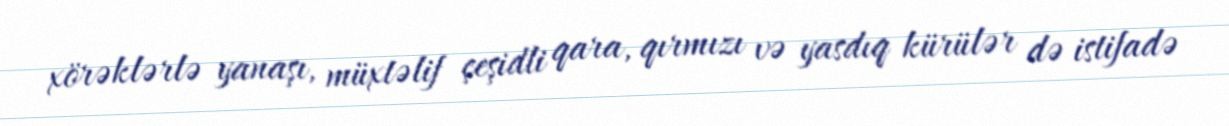
xörəklərlə yanaşı, müxtəlif çeşidli qara, qırmızı və yasdıq kürülər də istifadə